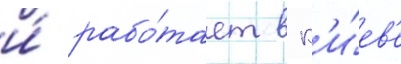
и́ рабо́тает в к'и́ев'е